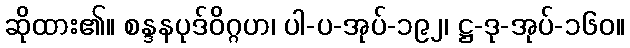
ဆိုထား၏။ စန္ဒနပုဒ်ဝိဂ္ဂဟ၊ ပါ-ပ-အုပ်-၁၉၂၊ ဋ္ဌ-ဒု-အုပ်-၁၆၀။